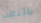
بالتعب